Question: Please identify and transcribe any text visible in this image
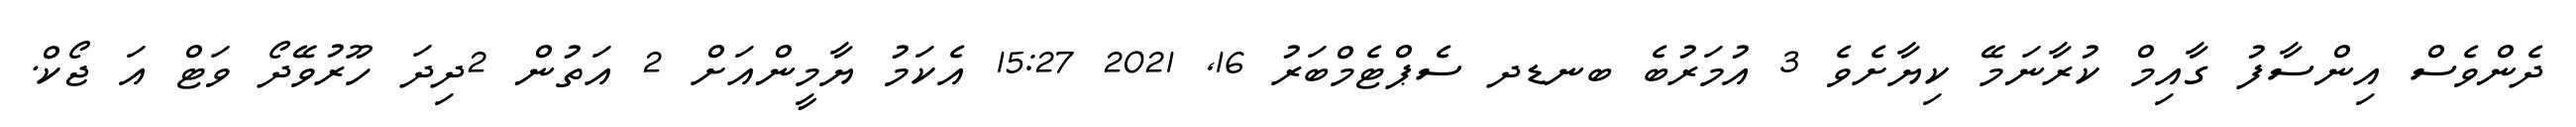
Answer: ދެންވެސް އިންސާފު ގާއިމް ކުރާނަމޭ ކިޔާށެވެ 3 އުމަރުބެ ބނޑދ ސެޕްޓެމްބަރު 16, 2021 15:27 އެކަމު ޔާމީންއަށް 2 އަތުން 2ދިދަ ހޫރުވޭދޯ ވަޓް އަ ޖޯކް.